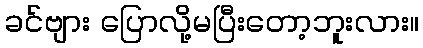
ခင်ဗျား ပြောလို့မပြီးတော့ဘူးလား။